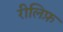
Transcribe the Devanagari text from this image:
रीलिफ़